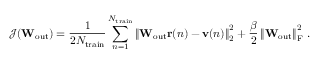
\mathcal { J } ( \mathbf { W } _ { \mathrm { o u t } } ) = \frac { 1 } { 2 N _ { \mathrm { t r a i n } } } \sum _ { n = 1 } ^ { N _ { \mathrm { t r a i n } } } \left\lVert \mathbf { W } _ { \mathrm { o u t } } \mathbf { r } ( n ) - \mathbf { v } ( n ) \right\rVert _ { 2 } ^ { 2 } + \frac { \beta } { 2 } \left\lVert \mathbf { W } _ { \mathrm { o u t } } \right\rVert _ { \mathrm { F } } ^ { 2 } \, .